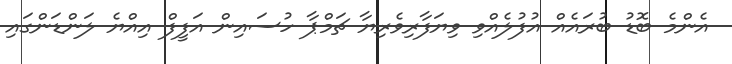
އެންމެ ބޮޑު ބުރައެއް އުފުލެއްވި ވިޔަފާރިވެރިޔާ ޗަމްޕާ ހުސައިން އަފީފް އިއްޔެ ލަންޑަންގައި